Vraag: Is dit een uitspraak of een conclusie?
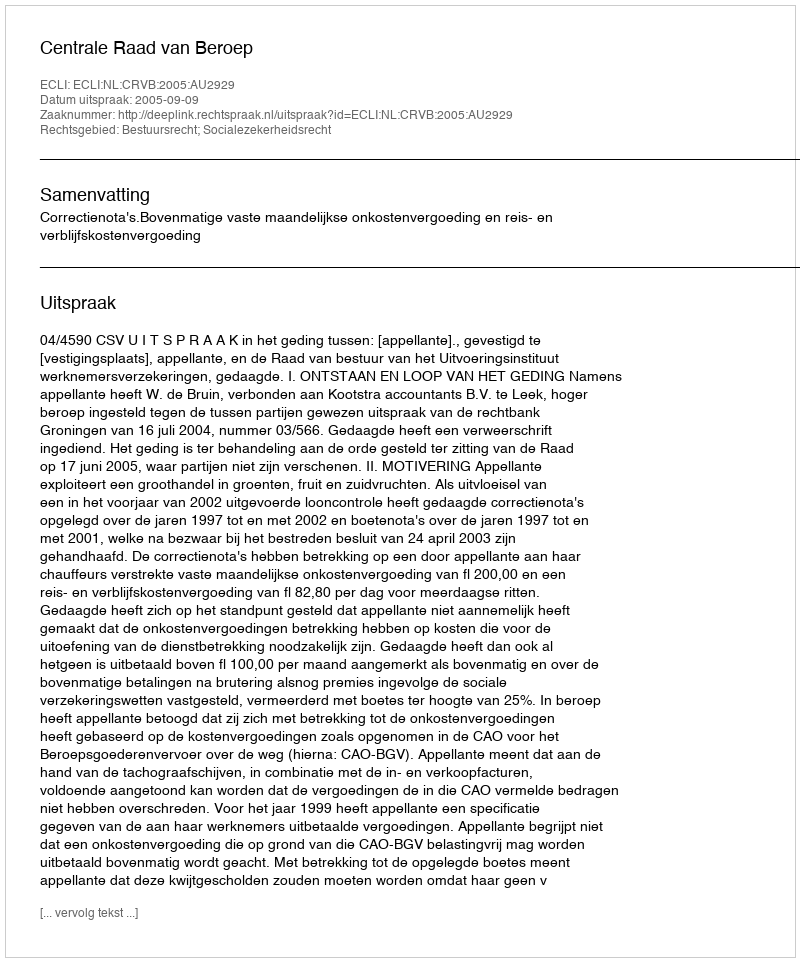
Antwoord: Uitspraak